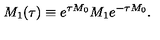
M _ { 1 } ( \tau ) \equiv e ^ { \tau M _ { 0 } } M _ { 1 } e ^ { - \tau M _ { 0 } } .